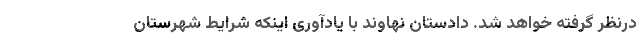
درنظر گرفته خواهد شد. دادستان نهاوند با یادآوری اینکه شرایط شهرستان